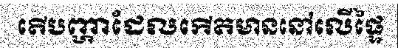
តើបញ្ហាដែលកើតមាននៅលើផ្ទៃ